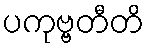
ပကုဗ္ဗတီတိ